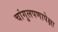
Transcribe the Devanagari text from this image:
चांगुलपणापेक्षा